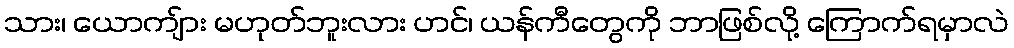
သား၊ ယောကျ်ား မဟုတ်ဘူးလား ဟင်၊ ယန်ကီတွေကို ဘာဖြစ်လို့ ကြောက်ရမှာလဲ